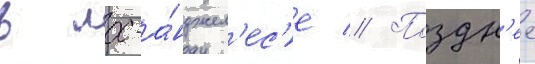
в лос-а́нджел'ес'е // Поздн'ее